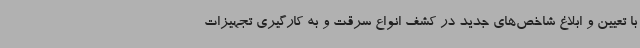
با تعیین و ابلاغ شاخص‌های جدید در کشف انواع سرقت و به کارگیری تجهیزات